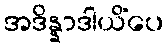
အဒိန္နာဒါယိံပေ